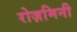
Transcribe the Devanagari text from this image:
रोज़मिनी